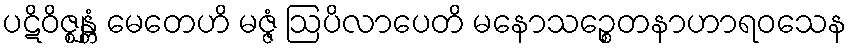
ပဋိဝိဇ္ဈန္တံ မေတေဟိ မဇ္ဇံ ဩပိလာပေတိ မနောသဉ္စေတနာဟာရဝသေန